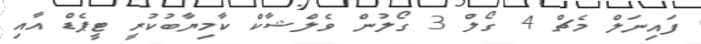
ފައިނަލް މެޗް 4 ގޯލް 3 ގޯލުން ވެލްޝާކް ކާމިޔާބުކުރީ ޓީޕެޑް އާއި